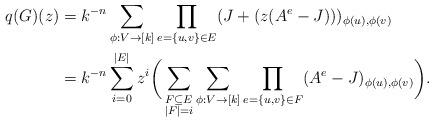
LaTeX: \begin{align*}q(G)(z) &= k^{-n}\sum_{\phi:V\to[k]}\prod_{e=\{u,v\}\in E}(J+(z(A^{e}-J)))_{\phi(u),\phi(v)}\\&=k^{-n}\sum_{i=0}^{|E|} z^i\bigg( \sum_{\substack{F\subseteq E\\|F|=i}}\sum_{\phi:V\to[k]}\prod_{e=\{u,v\}\in F}(A^{e}-J)_{\phi(u),\phi(v)}\bigg).\end{align*}